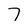
Character: 7